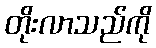
တိုးလာသည်ကို